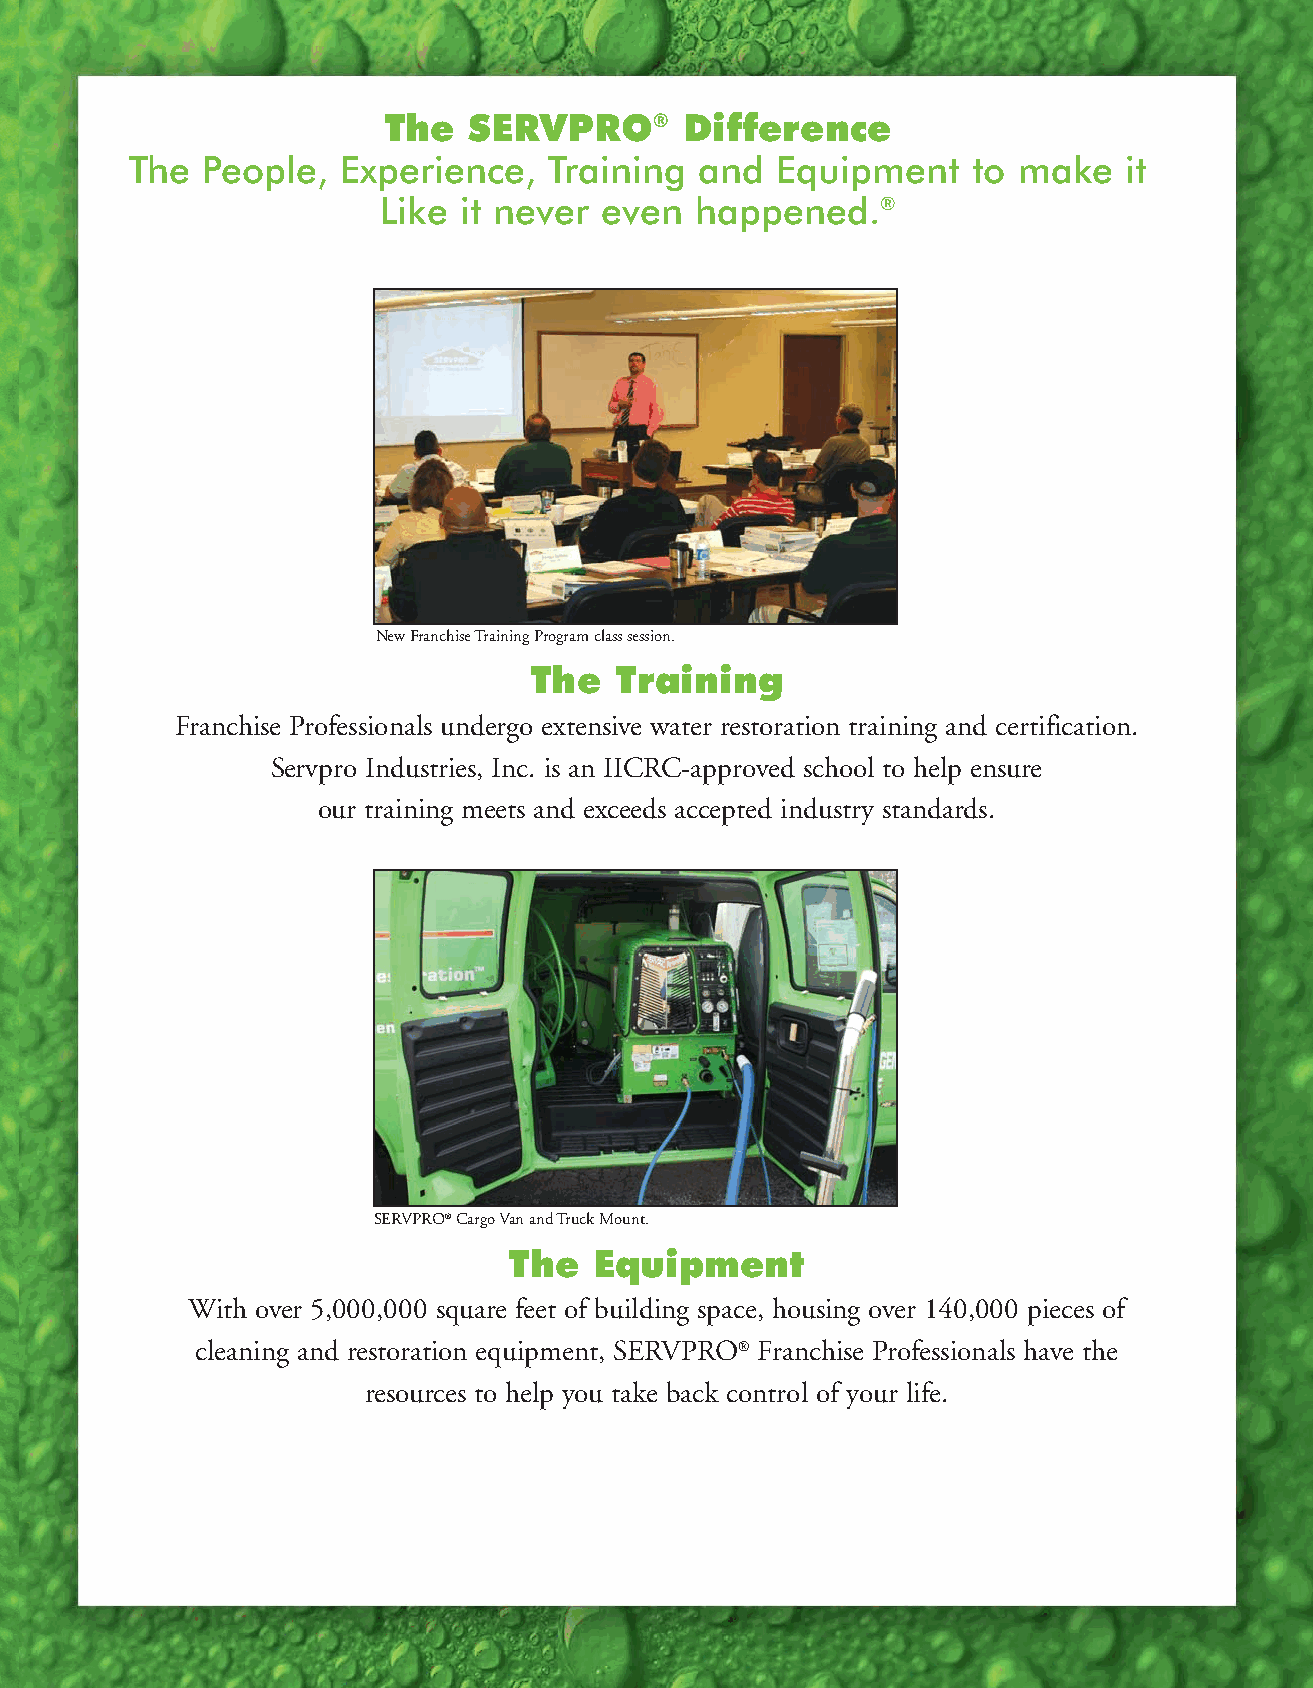
The   SERVPRO®      Difference
 The People,   Experience,  Training  and  Equipment    to make   it
 Like it never  even  happened.®
 New Franchise Training Program class session.
 The   Training
 Franchise Professionals undergo extensive water restoration training and certification.
 Servpro Industries, Inc. is an IICRC-approved school to help ensure
 our training meets and exceeds accepted industry standards.
 SERVPRO®Cargo Van and Truck Mount.
 The  Equipment
 With over 5,000,000 square feet of building space, housing over 140,000 pieces of
 cleaning and restoration equipment, SERVPRO® Franchise Professionals have the
 resources to help you take back control of your life.